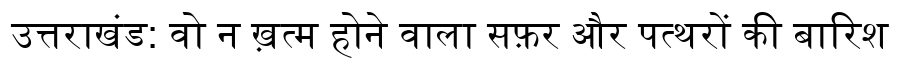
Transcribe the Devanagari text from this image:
उत्तराखंड: वो न ख़त्म होने वाला सफ़र और पत्थरों की बारिश